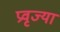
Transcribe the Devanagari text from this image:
प्रवृज्या